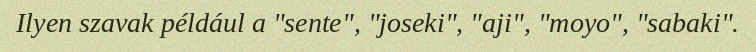
Ilyen szavak például a "sente", "joseki", "aji", "moyo", "sabaki".